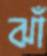
ঝাঁ